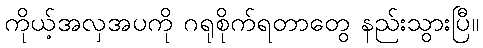
ကိုယ့်အလှအပကို ဂရုစိုက်ရတာတွေ နည်းသွားပြီ။